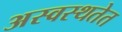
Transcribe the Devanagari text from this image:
अस्वस्थतेत